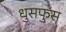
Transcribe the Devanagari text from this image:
धुसफुस